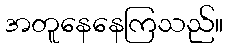
အတူနေနေကြသည်။